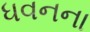
ધવનના